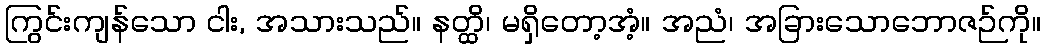
ကြွင်းကျန်သော ငါး, အသားသည်။ နတ္ထိ၊ မရှိတော့အံ့။ အညံ၊ အခြားသောဘောဇဉ်ကို။